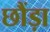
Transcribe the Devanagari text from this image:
छौंड़ा